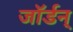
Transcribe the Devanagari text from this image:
जॉर्डन्